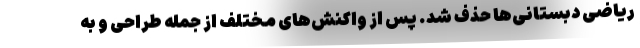
ریاضی دبستانی‌ها حذف شد. پس از واکنش‌های مختلف از جمله طراحی و به